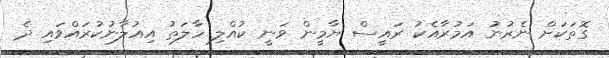
ގޮތަކަށް ނެރުނު އަމުރާއެކު ރައީސް ޔާމީން ވަނީ ކުއްލި ހާލަތު އިއުލާނުކުރައްވައި ދެ